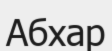
Абхар